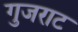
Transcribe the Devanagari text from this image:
गुजराट